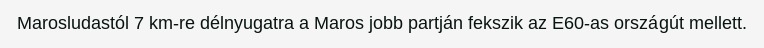
Marosludastól 7 km-re délnyugatra a Maros jobb partján fekszik az E60-as országút mellett.